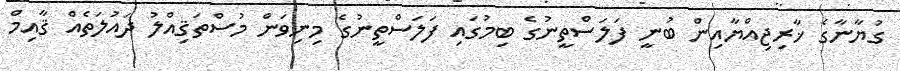
ގުޔާނާގެ ޚާރިޖިއްޔާއިން ބުނީ ފަލަސްތީނުގެ ބިމުގައި ފަލަސްތީނުގެ މިނިވަން މުސްތަޤިއްލު ދައުލަތެއް ޤާއިމް